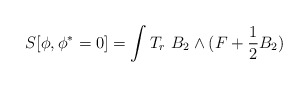
\begin{align*}S[\phi,\phi^*= 0] = \int T_r \ B_2 \wedge (F + \frac12 B_2)\end{align*}